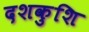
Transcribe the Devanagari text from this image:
दशकुशि